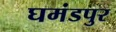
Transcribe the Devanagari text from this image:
घमंडपुर